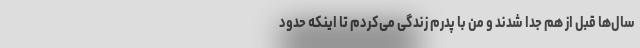
سال‌ها قبل از هم جدا شدند و من با پدرم زندگی می‌کردم تا اینکه حدود